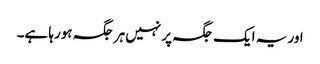
اور یہ ایک جگہ پر نہیں ہر جگہ ہورہا ہے۔